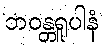
ဘဝန္တရူပါနံ